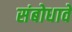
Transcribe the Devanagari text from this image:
संबोधावें